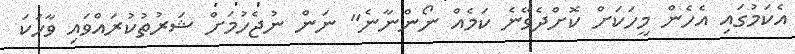
އެކަމުގައި އެހެން މީހަކަށް ކޮށްދެވޭނެ ކަމެއް ނޯންނާނެ" ނަން ނުޖެހުމަށް ޝަރުތުކުރައްވައި ވާހަކަ